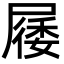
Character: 㞜